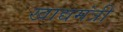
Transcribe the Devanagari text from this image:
खाद्यमंत्री